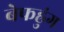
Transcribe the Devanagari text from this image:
बेफह्रुंग